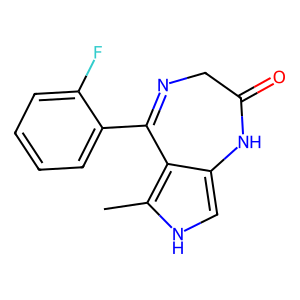
SMILES: Cc1[nH]cc2c1C(c1ccccc1F)=NCC(=O)N2
Inhibits HIV replication: No